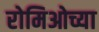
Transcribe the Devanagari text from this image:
रोमिओच्या